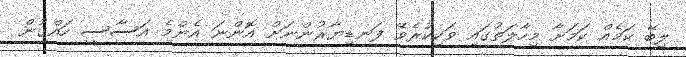
ލިބޭ ކަމެއް ކަމަށާ މިހާލަތުގައި ވަކިކުރެވޭ ފަނޑިޔާރުންނަށް އޮންނަ އެންމެ އަސާސީ ހައްގުން